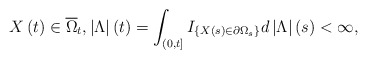
\begin{align*}X\left( t\right) \in \overline{\Omega }_{t},\left\vert \Lambda\right\vert \left( t\right) =\int_{\left( 0,t\right] }I_{\left\{ X\left(s\right) \in \partial \Omega _{s}\right\} }d\left\vert \Lambda \right\vert\left( s\right) <\infty , \end{align*}